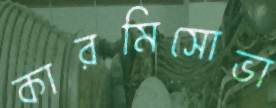
কারমিসোভা